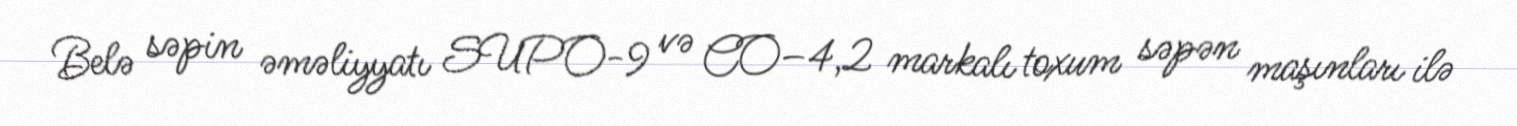
Belə səpin əməliyyatı SUPO-9 və CO–4,2 markalı toxum səpən maşınları ilə